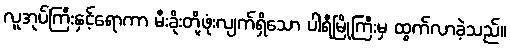
လူအုပ်ကြီးနှင့်ရောကာ မီးခိုးတို့ဖုံးလျက်ရှိသော ပါရီမြို့ကြီးမှ ထွက်လာခဲ့သည်။